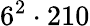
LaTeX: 6^{2}\cdot 210